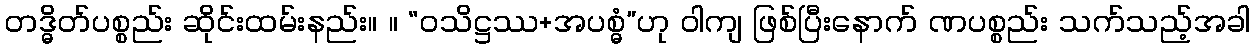
တဒ္ဓိတ်ပစ္စည်း ဆိုင်းထမ်းနည်း။ ။ “ဝသိဋ္ဌဿ+အပစ္ဓံ”ဟု ဝါကျ ဖြစ်ပြီးနောက် ဏပစ္စည်း သက်သည့်အခါ